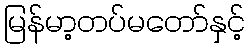
မြန်မာ့တပ်မတော်နှင့်